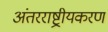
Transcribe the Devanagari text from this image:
अंतरराष्ट्रीयकरण